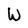
Character: W